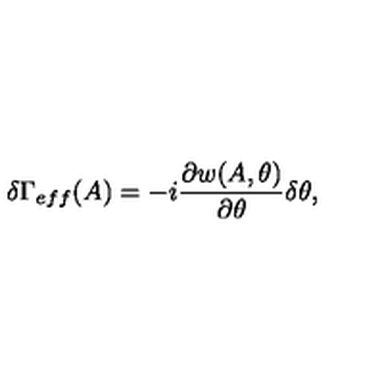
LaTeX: \delta \Gamma _ { e f f } ( A ) = - i \frac { \partial w ( A , \theta ) } { \partial \theta } \delta \theta ,